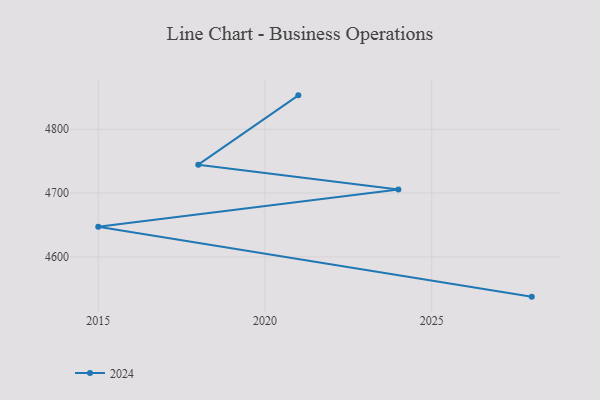
{"axis": {"x": "Year", "y": "Net Income (USD K)"}, "legend": ["2024"], "data": [{"x": "2028", "y": 4537.7, "type": "2024"}, {"x": "2015", "y": 4647.1, "type": "2024"}, {"x": "2024", "y": 4705.6, "type": "2024"}, {"x": "2018", "y": 4744.5, "type": "2024"}, {"x": "2021", "y": 4853.1, "type": "2024"}]}